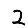
Digit: 2